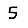
Digit: 5